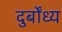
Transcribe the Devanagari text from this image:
दुर्बोंध्य